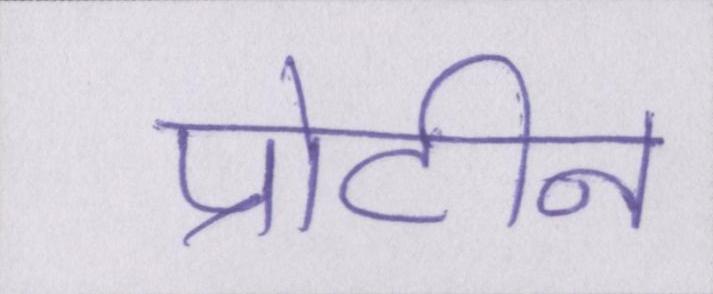
प्रोटीन